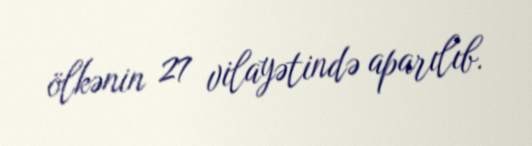
ölkənin 27 vilayətində aparılıb.